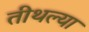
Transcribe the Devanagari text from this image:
तीथल्या